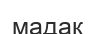
мадақ